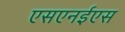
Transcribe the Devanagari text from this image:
एसएनईएस